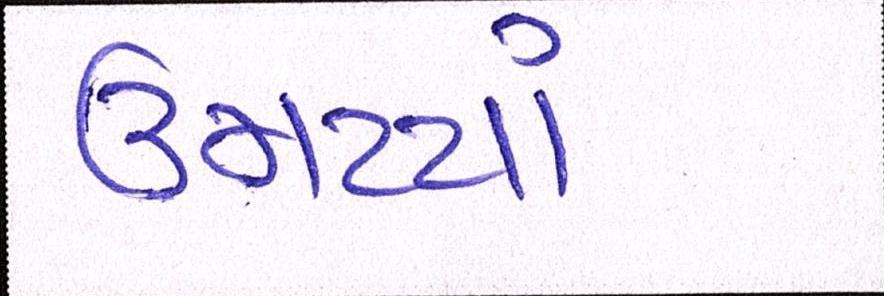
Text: ઉમટયાં